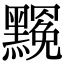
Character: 𪒣